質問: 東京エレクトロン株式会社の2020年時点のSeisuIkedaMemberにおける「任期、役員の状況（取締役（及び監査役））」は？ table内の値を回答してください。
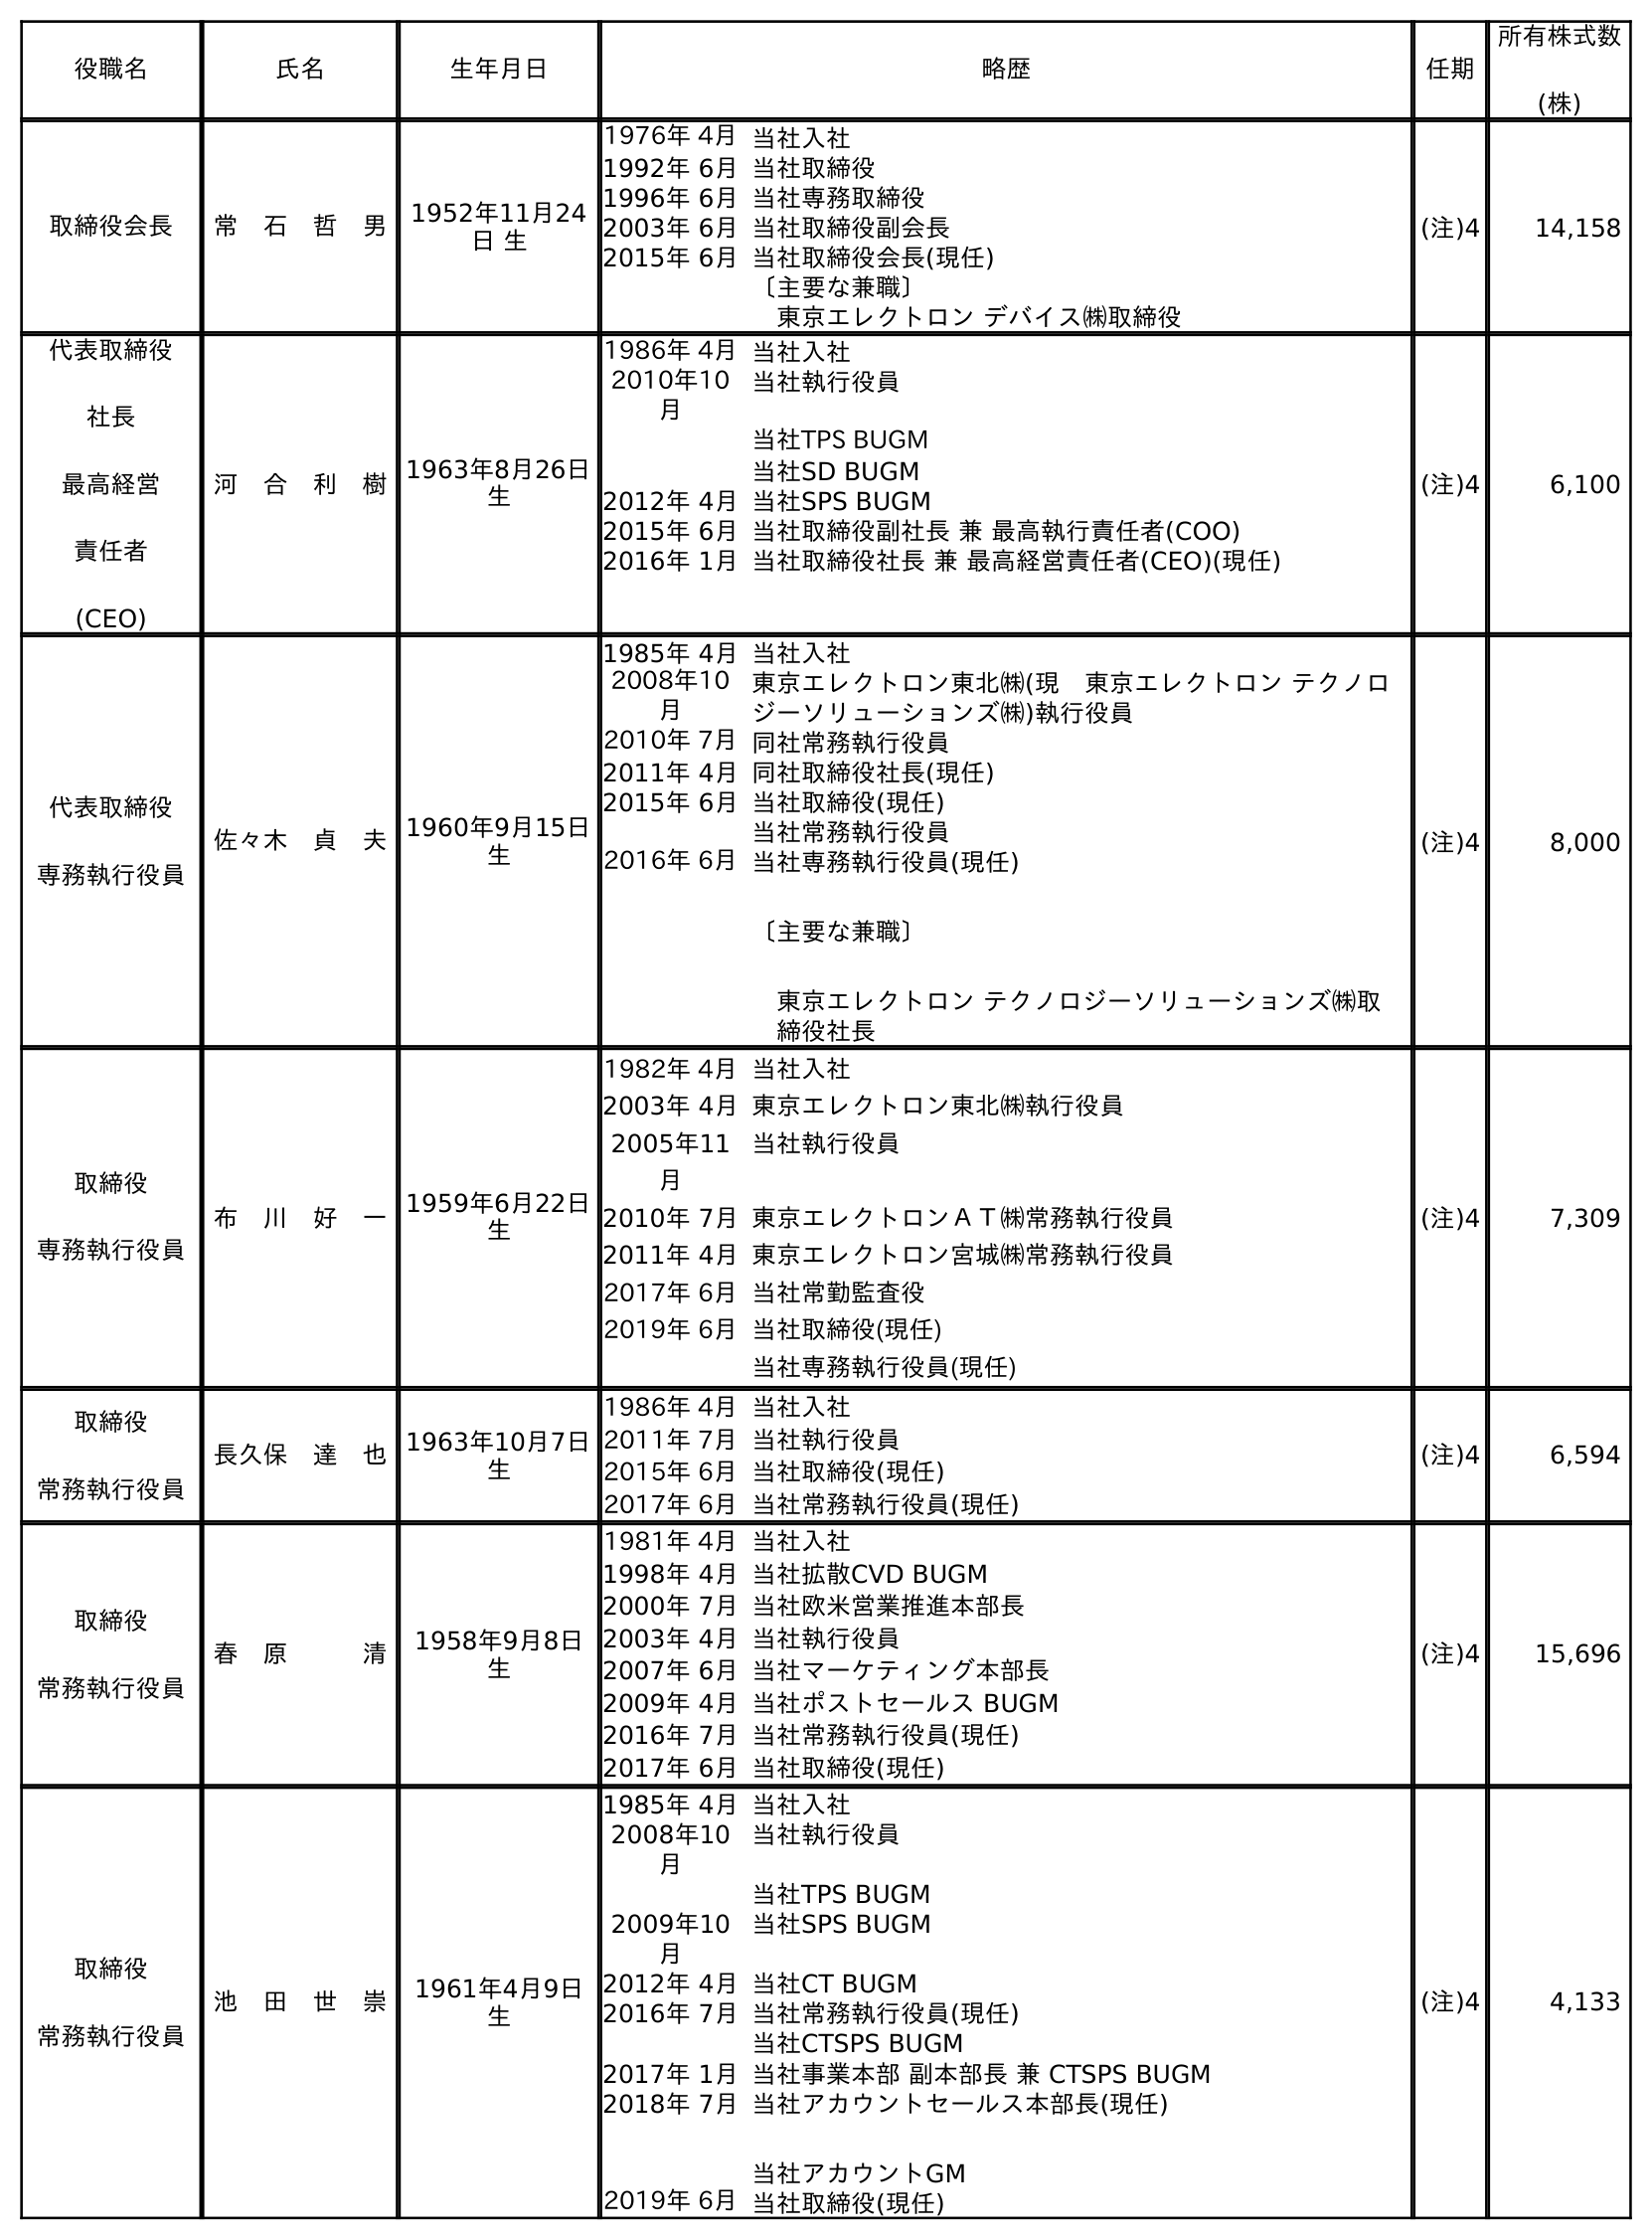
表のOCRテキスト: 役職名 氏名 生年月日 略歴 任期 所有株式数 (株) 取締役会長 常 石 哲 男 1952年11月24 日 生 1976年 4月当社入社 1992年 6月当社取締役 1996年 6月当社専務取締役 2003年 6月当社取締役副会長 2015年 6月当社取締役会長(現任) 〔主要な兼職〕 東京エレクトロン デバイス㈱取締役 (注)4 14,158 代表取締役 社長 最高経営 責任者 (CEO) 河 合 利 樹1963年8月26日 生 1986年 4月当社入社 2010年10 月 当社執行役員 当社TPS BUGM 当社SD BUGM 2012年 4月当社SPS BUGM 2015年 6月当社取締役副社長 兼 最高執行責任者(COO) 2016年 1月当社取締役社長 兼 最高経営責任者(CEO)(現任) (注)4 6,100 代表取締役 専務執行役員 佐々木 貞 夫1960年9月15日 生 1985年 4月当社入社 2008年10 月 東京エレクトロン東北㈱(現 東京エレクトロン テクノロ ジーソリューションズ㈱)執行役員 2010年 7月同社常務執行役員 2011年 4月同社取締役社長(現任) 2015年 6月当社取締役(現任) 当社常務執行役員 2016年 6月当社専務執行役員(現任) 〔主要な兼職〕 東京エレクトロン テクノロジーソリューションズ㈱取 締役社長 (注)4 8,000 取締役 専務執行役員 布 川 好 一1959年6月22日 生 1982年 4月当社入社 2003年 4月東京エレクトロン東北㈱執行役員 2005年11 月 当社執行役員 2010年 7月東京エレクトロンＡＴ㈱常務執行役員 2011年 4月東京エレクトロン宮城㈱常務執行役員 2017年 6月当社常勤監査役 2019年 6月当社取締役(現任) 当社専務執行役員(現任) (注)4 7,309 取締役 常務執行役員 長久保 達 也1963年10月7日 生 1986年 4月当社入社 2011年 7月当社執行役員 2015年 6月当社取締役(現任) 2017年 6月当社常務執行役員(現任) (注)4 6,594 取締役 常務執行役員 春 原   清 1958年9月8日 生 1981年 4月当社入社 1998年 4月当社拡散CVD BUGM 2000年 7月当社欧米営業推進本部長 2003年 4月当社執行役員 2007年 6月当社マーケティング本部長 2009年 4月当社ポストセールス BUGM 2016年 7月当社常務執行役員(現任) 2017年 6月当社取締役(現任) (注)4 15,696 取締役 常務執行役員 池 田 世 崇 1961年4月9日 生 1985年 4月当社入社 2008年10 月 当社執行役員 当社TPS BUGM 2009年10 月 当社SPS BUGM 2012年 4月当社CT BUGM 2016年 7月当社常務執行役員(現任) 当社CTSPS BUGM 2017年 1月当社事業本部 副本部長 兼 CTSPS BUGM 2018年 7月当社アカウントセールス本部長(現任) 当社アカウントGM 2019年 6月当社取締役(現任) (注)4 4,133
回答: (注)4